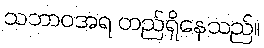
သဘာဝအရ တည်ရှိနေသည်။